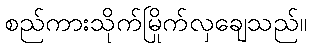
စည်ကားသိုက်မြိုက်လှချေသည်။